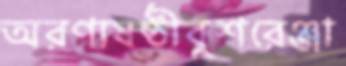
অরণ্যষষ্ঠীবুশরেঞ্জা